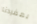
بمفردنا